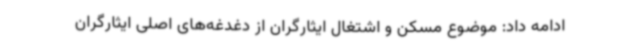
ادامه داد: موضوع مسکن و اشتغال ایثارگران از دغدغه‌های اصلی ایثارگران